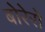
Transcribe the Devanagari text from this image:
बोरेरो